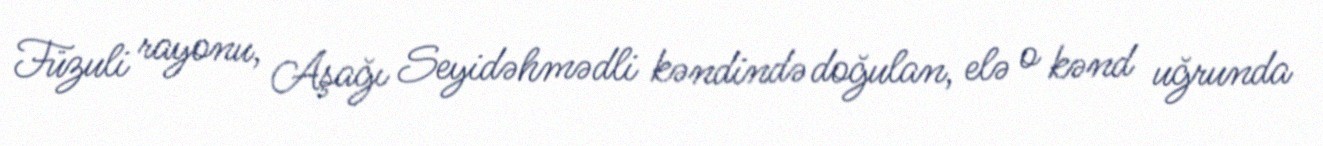
Füzuli rayonu, Aşağı Seyidəhmədli kəndində doğulan, elə o kənd uğrunda